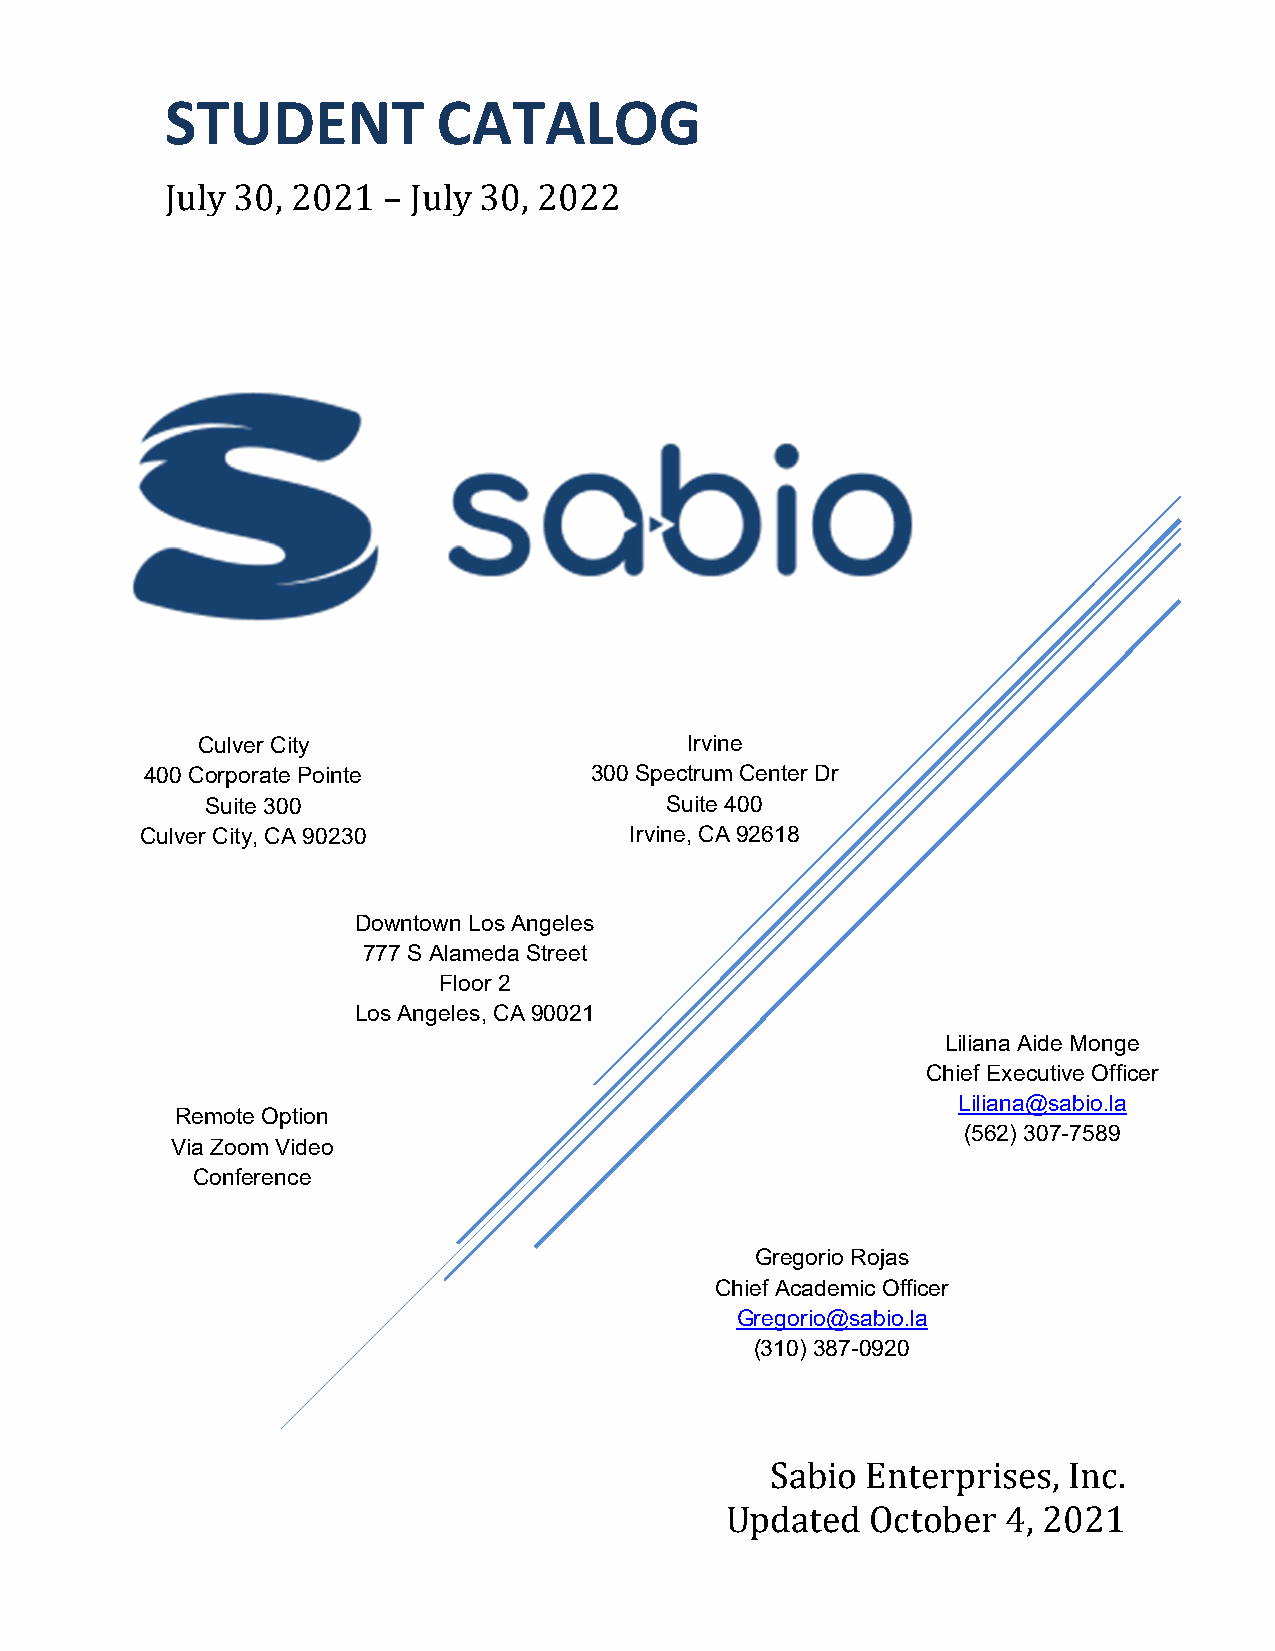
STUDENT           CATALOG
 July 30, 2021 – July 30, 2022
 Culver City                     Irvine
 400 Corporate Pointe         300 Spectrum Center Dr
 Suite 300                     Suite 400
 Culver City, CA 90230            Irvine, CA 92618
 Downtown Los Angeles
 777 S Alameda Street
 Floor 2
 Los Angeles, CA 90021
 Liliana Aide Monge
 Chief Executive Officer
 Liliana@sabio.la
 Remote Option
 (562) 307-7589
 Via Zoom Video
 Conference
 Gregorio Rojas
 Chief Academic Officer
 Gregorio@sabio.la
 (310) 387-0920
 Sabio Enterprises,  Inc.
 Updated   October  4, 2021